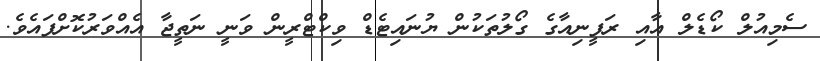
ސެމިއުލް ކޯޑެލް އާއި ރަފީނިއާގެ ގޯލުތަކުން ޔުނައިޓެޑް ވިކްޓްރީން ވަނީ ނަތީޖާ އެއްވަރުކޮށްފައެވެ.